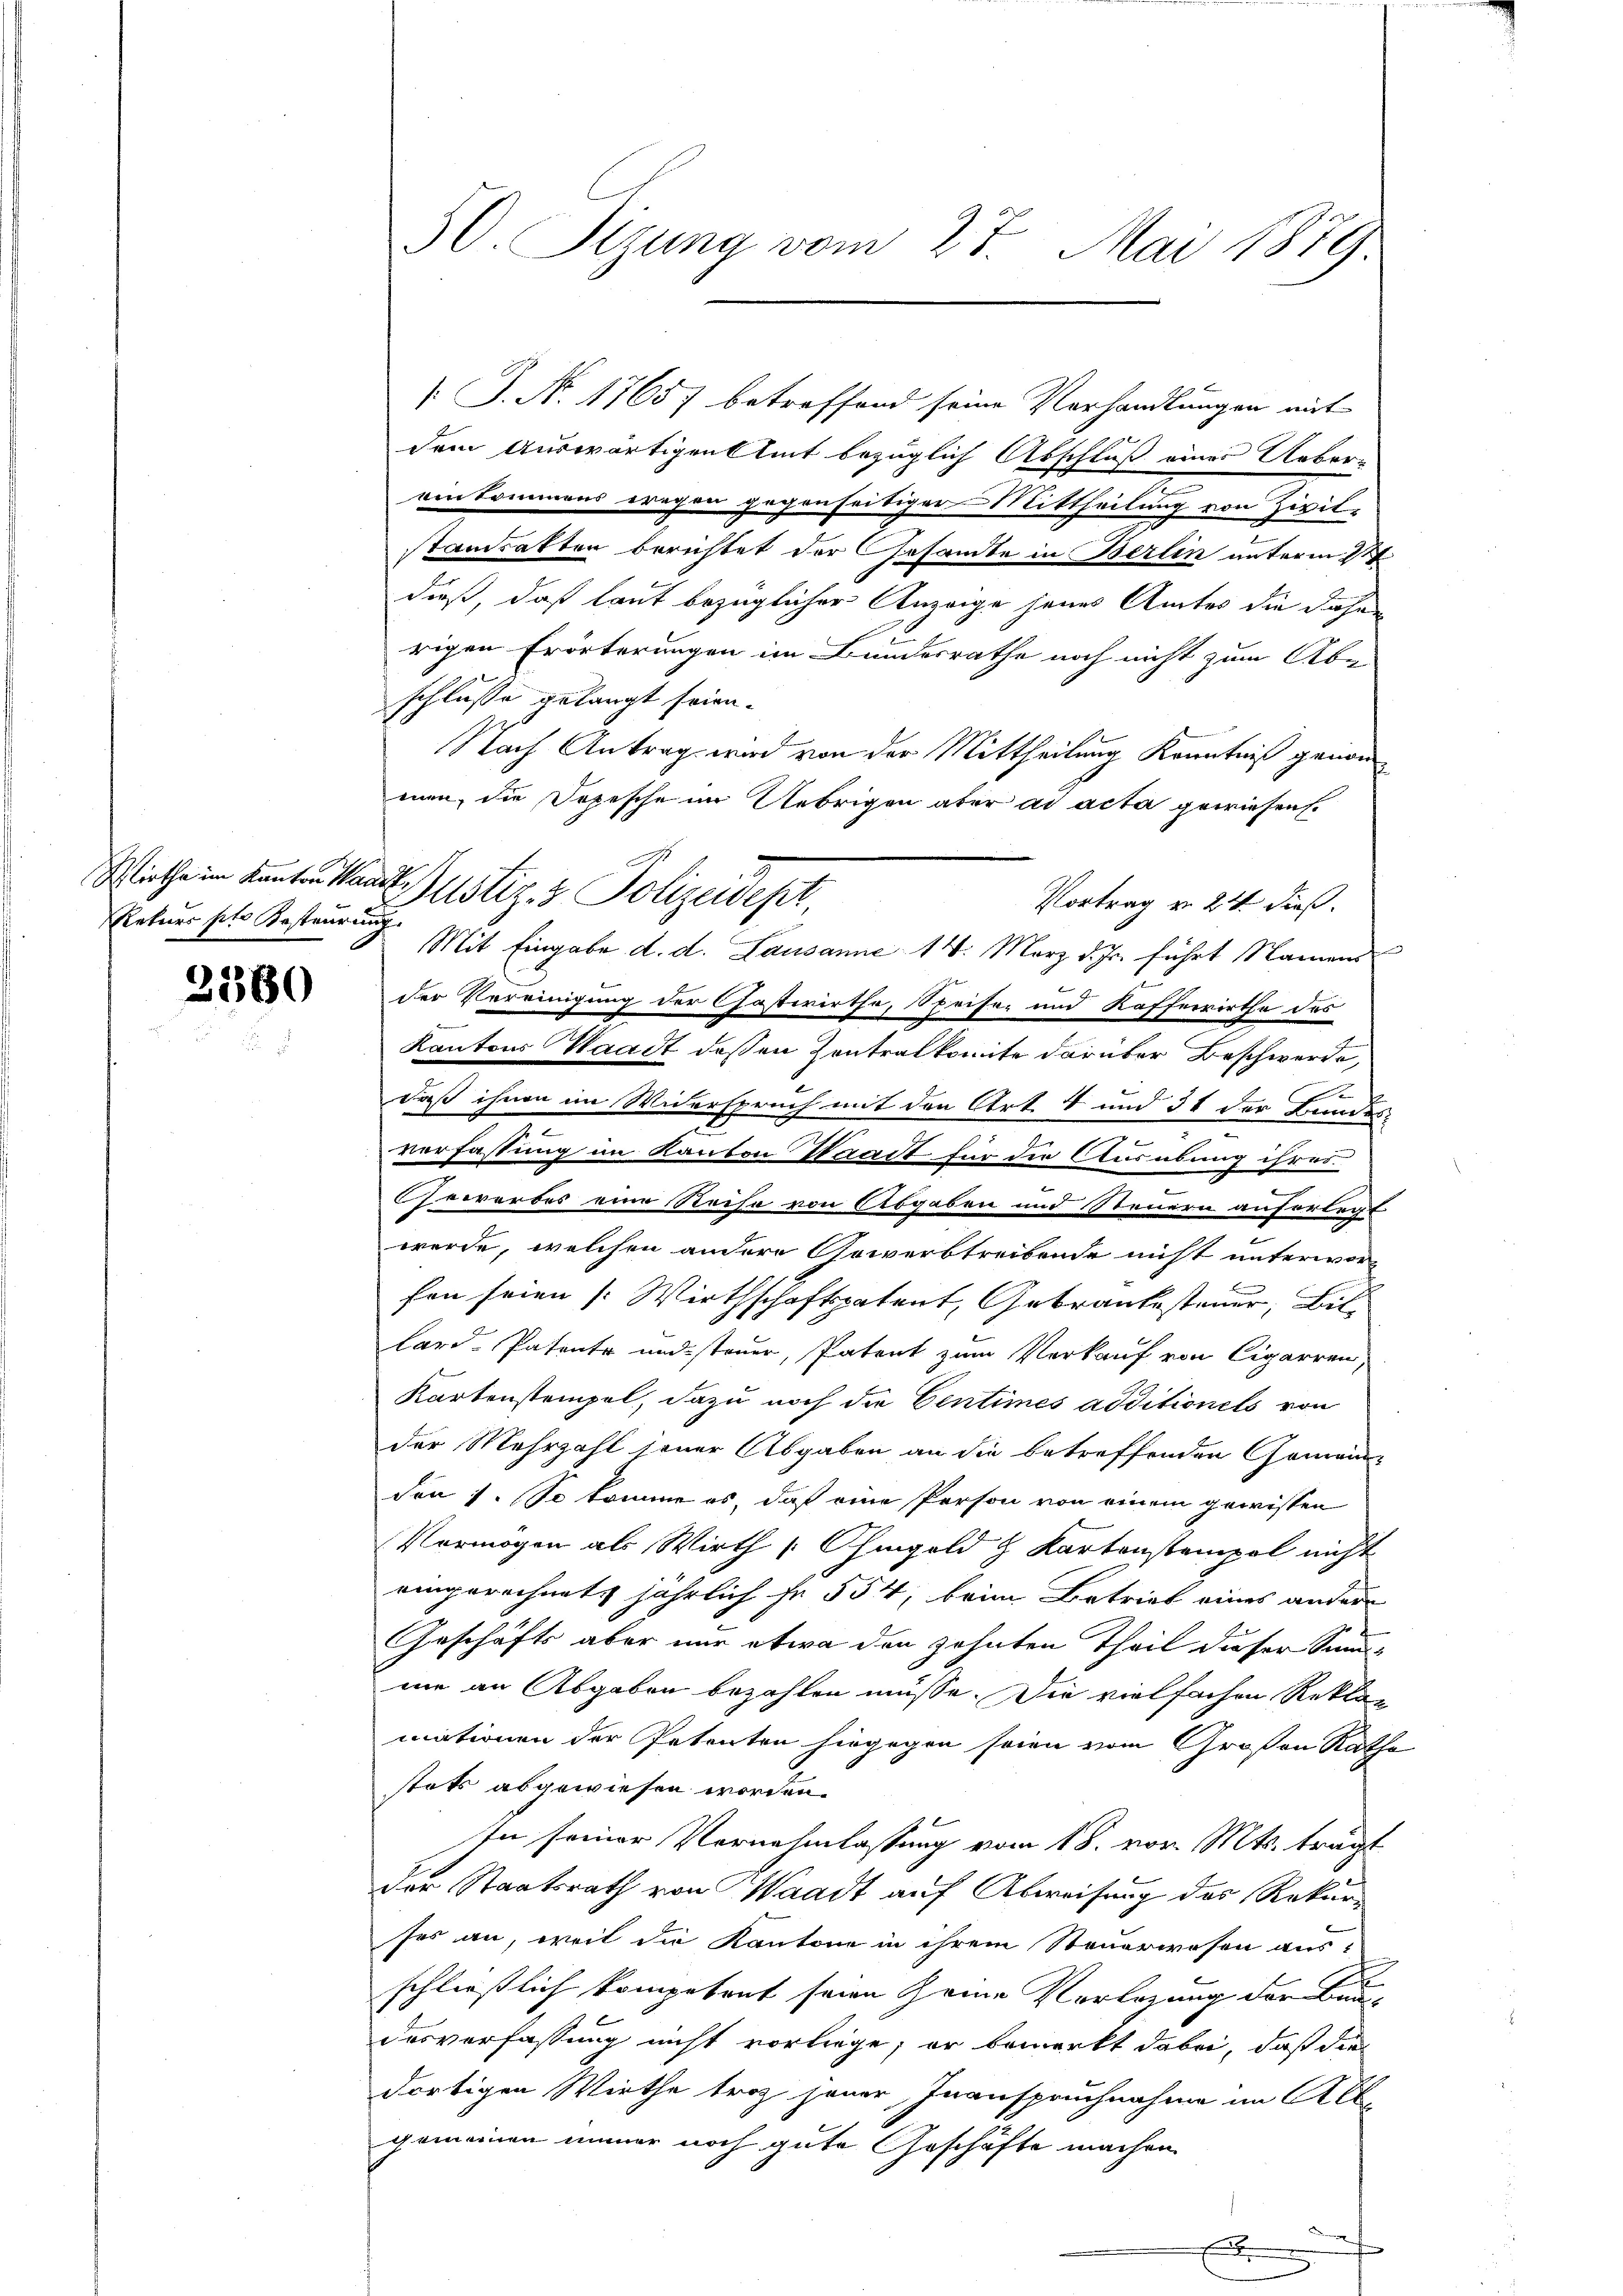
Retner pto Besteurung.

2380

[J. N. 1765 betreffend seine Verhandlungen mit
dem Auswärtigen Amt bezüglich Abschluß eines Ueber-
einkommens tragen gegenseitiger Mittheilung von Zivil-
standratten berichtet der Gesandte in Berlin unterm 11t
dieß, daß laut bezüglicher Anzeige jenes Amtes die daher
rigen Erörterungen im Bundesrathe noch nicht zum Abe
schlusse gelangt seien.
Nach Antrag wird von der Mittheilung Kenntniß genommen, die Depesche im Uebrigen aber ad acta gewiesen.
Vortrag v. 24 dieß.
Mit Eingabe d. d. Lausanne 14. März d. Js. führt Namend
der Vereinigung der Gastwirthe, Speiser und Kofferirthe des
Kantons Waadt deßen Zentralkomite darüber Beschwerde,
d
daß ihnen im Widerspruch mit den Art. 4 und 31 der Bundes-
verfassung im Kanton Waadt für der Ausübung ihres.
e
Gewerbes eine Reise von Abgaben und Steuern auferlegt
werde, welchen andere Gewerbtreibende nicht unterworfen seien [Wirthschaftspatent, Gebraubesteuer, Bil
lard-Patente und steuer, Patent zum Verkauf von Cigarren,
Kartenstempel, dazu noch die Centimes additionels von
der Mehrzahl seiner Abgaben an die betreffenden Gemein-
den 1. So komme es, daß eine Person von einem gewissen
Vermögen als Wirth [Ohmgeld z Kartonstempel nicht
eingerechnete jährlich Fr. 554, beim Betrieb eines andere
Geschäfts aber nur etwa den zehnten Theil dieser Sannie an Abgaben bezahlen müsse. Die vielfachen Reklamationen der Petenten hingegen seien vom Großen Rathe
stets abgewiesen worden.
In seiner Vernehmlassung vom 18. vor. Mts. trägt
Der Staatsrath von Waadt auf Abweisung des Rekur-
ses an, weil die Kantone in ihrem Steuerwesen aus-
h
schließlich kompetent seien seine Verlegung der Baudesverfassung nicht vorliege; er bemerkt dabei, daß die
dortigen Wirthe troz jener Inanspruchnahme im Alb
gemeinen immer noch gute Geschäfte machen

50. Sizung vom 27. Mai 1879

Wirthe in kanten Waadt Zustiz- & Polizeidest

E